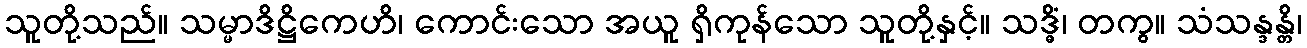
သူတို့သည်။ သမ္မာဒိဋ္ဌိကေဟိ၊ ကောင်းသော အယူ ရှိကုန်သော သူတို့နှင့်။ သဒ္ဓိံ၊ တကွ။ သံသန္ဒန္တိ၊